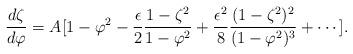
LaTeX: \begin{align*}{d \zeta \over d \varphi} = A [1-\varphi^2 -{\epsilon \over 2}{1-\zeta^2 \over 1 - \varphi^2}+ {\epsilon^2 \over 8}{(1-\zeta^2)^2 \over (1 - \varphi^2)^3}+\cdots].\end{align*}